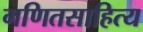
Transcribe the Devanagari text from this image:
गणितसाहित्य